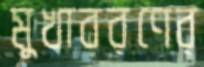
মুখাবরণের